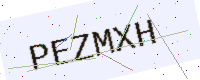
Text: PEZMXH